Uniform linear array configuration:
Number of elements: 32
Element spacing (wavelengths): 0.25
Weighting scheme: kaiser
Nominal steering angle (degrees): -60
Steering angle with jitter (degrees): -61.791
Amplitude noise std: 0.05
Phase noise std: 0.05

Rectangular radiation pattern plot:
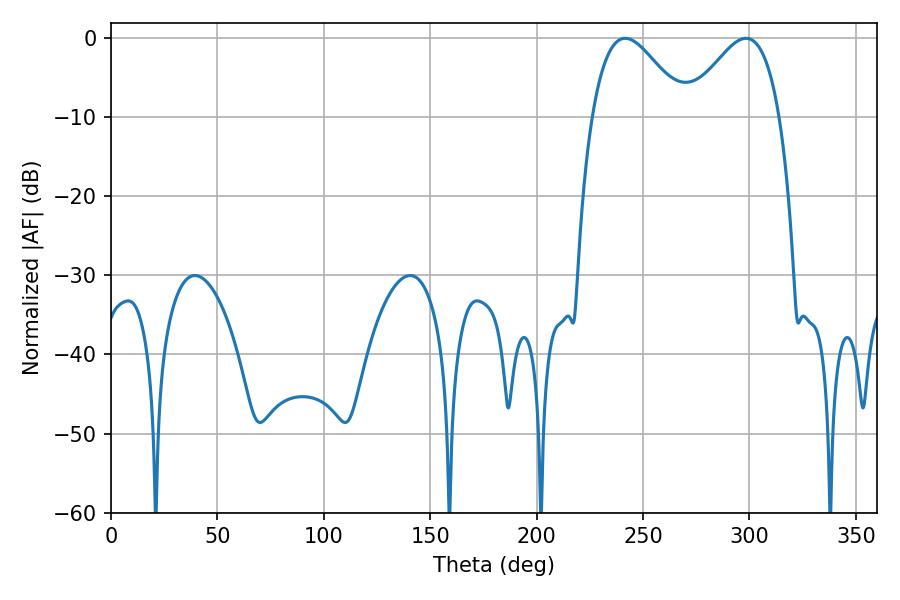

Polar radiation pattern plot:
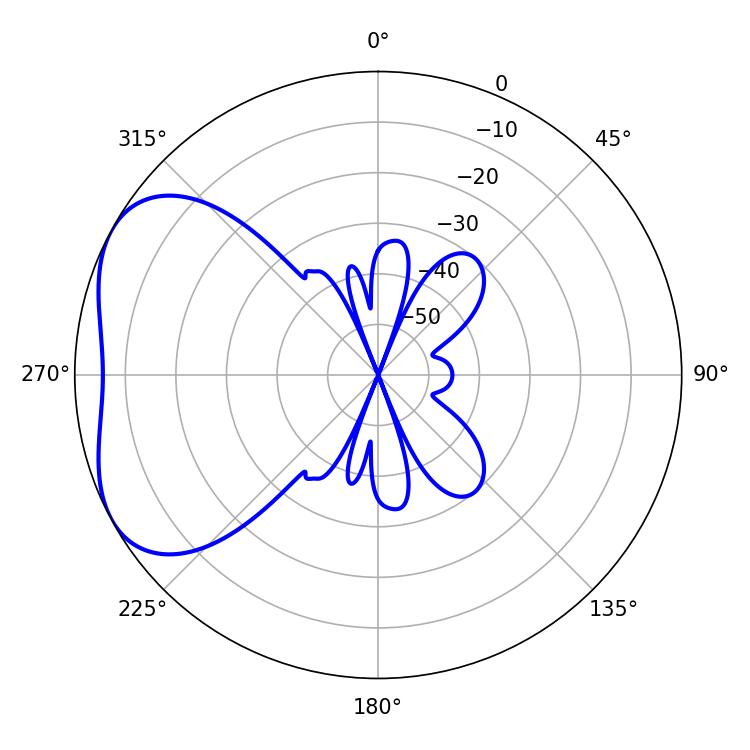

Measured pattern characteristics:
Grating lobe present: FALSE
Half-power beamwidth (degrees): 23.58
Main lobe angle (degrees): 241.56